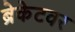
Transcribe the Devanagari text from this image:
ब्रेकेटवर